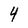
Character: 4